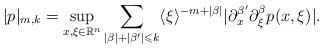
LaTeX: \begin{align*}|p|_{m,k}=\sup_{x,\xi\in\mathbb{R}^n}\sum_{|\beta|+|\beta'|\leqslant k}\langle \xi\rangle^{-m+|\beta|}|\partial_x^{\beta'}\partial_\xi^\beta p(x,\xi)|.\end{align*}